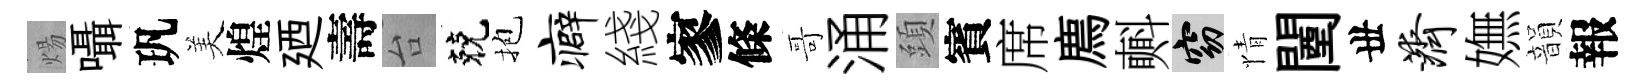
煬囁㺬美煌廼壽台兢抱癖綫寥條哥涌頭賓席廌㪺窈情闉丗济嫵韻報